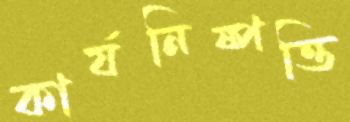
কার্যনিষ্পত্তি